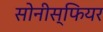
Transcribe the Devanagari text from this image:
सोनीस्फियर